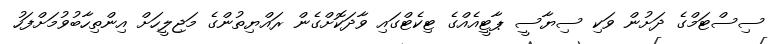
ސިސްޓަމްގެ ދަށުން ވަކި ސިޔާސީ ޕާޓީއެއްގެ ޓިކެޓްގައި ވާދަކޮށްގެން ރައްޔިތުންގެ މަޖިލީހަށް އިންތިހާބުވުމަށްފަހު